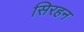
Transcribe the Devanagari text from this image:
सिरहन